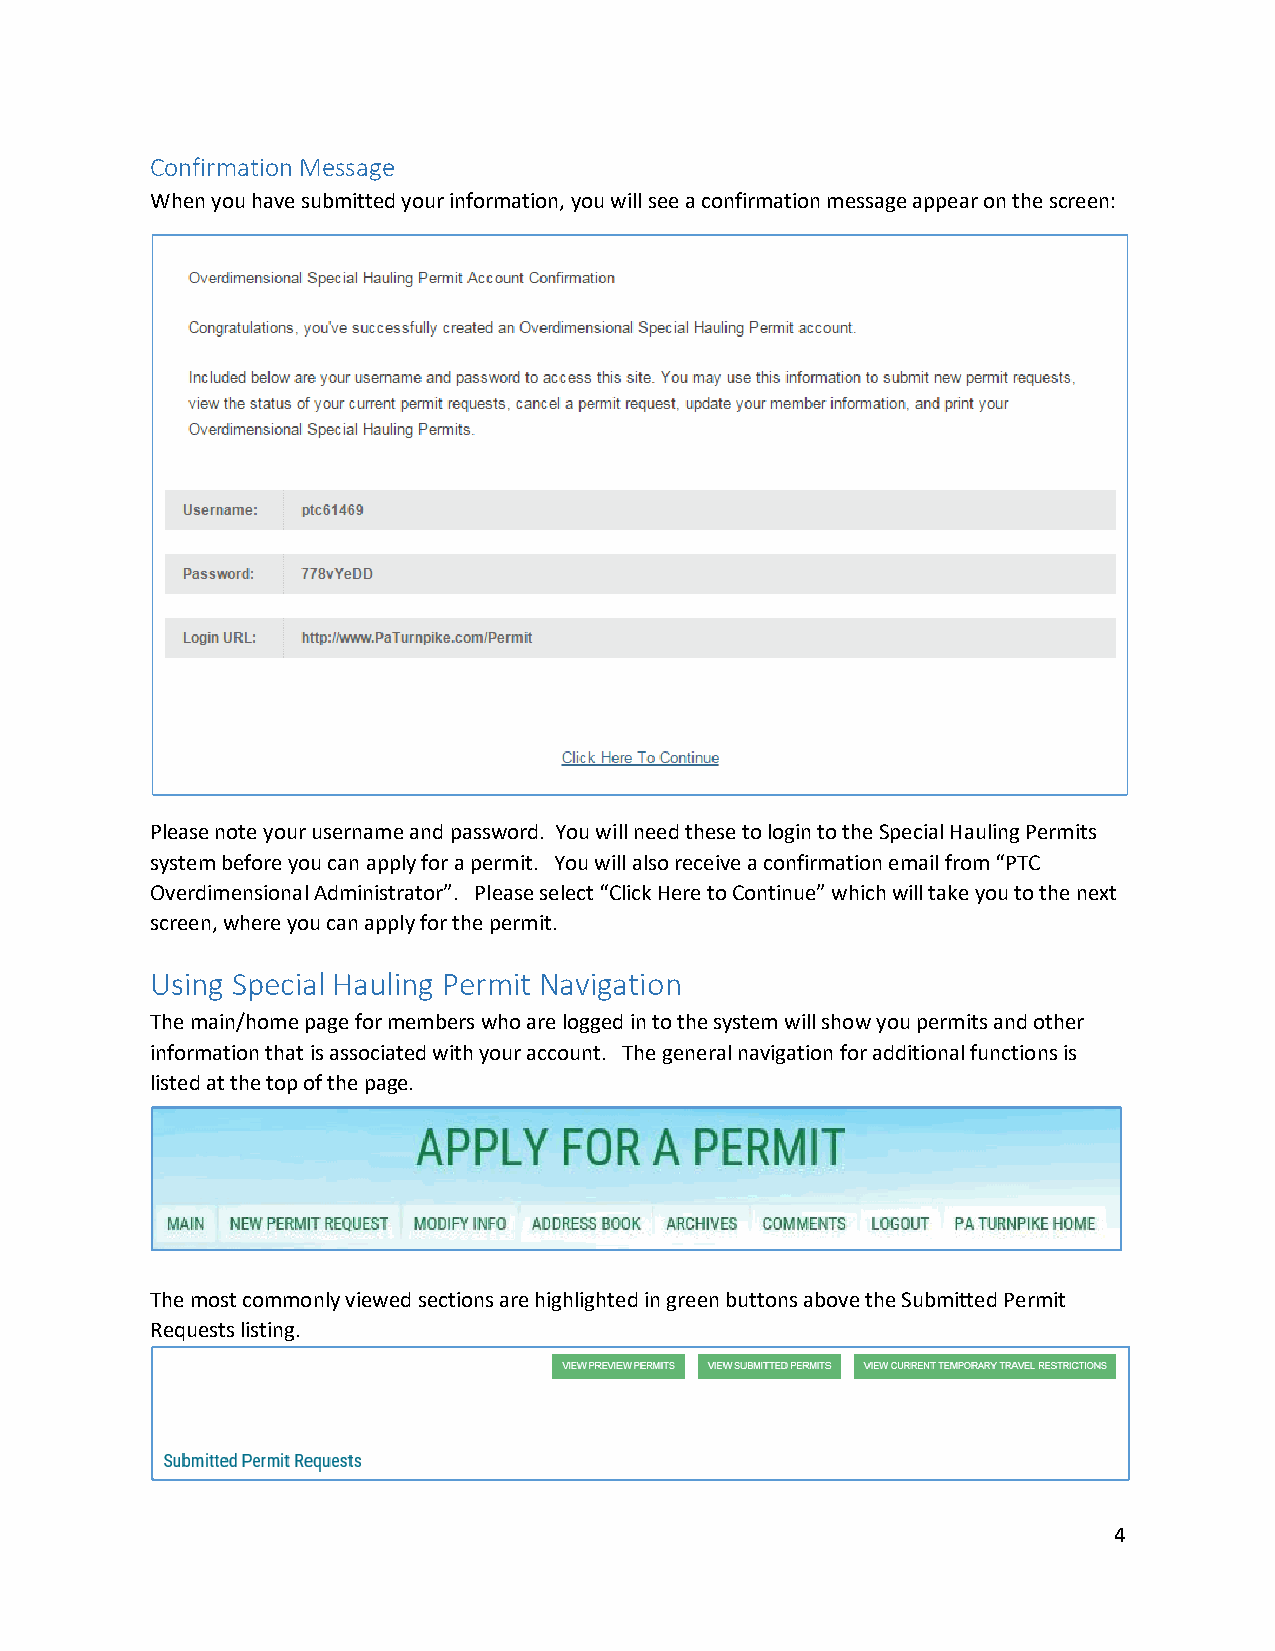
Confirmation Message
 When you have submitted your information, you will see a confirmation message appear on the screen:
 Please note your username and password. You will need these to login to the Special Hauling Permits
 system before you can apply for a permit. You will also receive a confirmation email from “PTC
 Overdimensional Administrator”. Please select “Click Here to Continue” which will take you to the next
 screen, where you can apply for the permit.
 Using Special Hauling Permit Navigation
 The main/home page for members who are logged in to the system will show you permits and other
 information that is associated with your account. The general navigation for additional functions is
 listed at the top of the page.
 The most commonly viewed sections are highlighted in green buttons above the Submitted Permit
 Requests listing.
 4